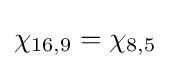
\chi _{16,9}=\chi _{8,5}